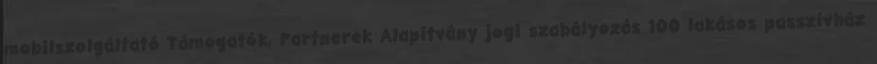
mobilszolgáltató Támogatók, Partnerek Alapítvány jogi szabályozás 100 lakásos passzívház